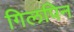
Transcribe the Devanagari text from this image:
गिलपिन